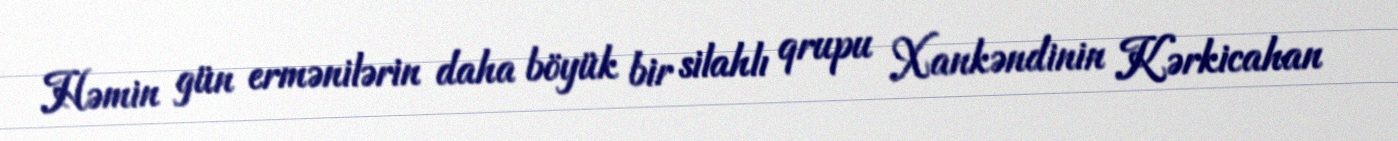
Həmin gün ermənilərin daha böyük bir silahlı qrupu Xankəndinin Kərkicahan